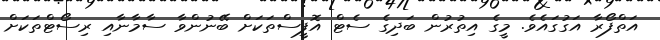
އަތްފޯރާ އަގުގައެވެ. މީގެ އިތުރުން ބަދިގެ ސެޓް އޮފީސްތަކަށް ބޭނުންވާ ސާމާނާއި ރިސޯޓްތަކަށް